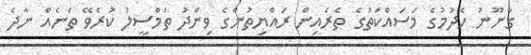
ގާނޫނު ހެދުމުގެ މަސައްކަތުގެ ތެރެއިން ރައްޔިތުންގެ ވިންދު ތަމްސީލު ކުރެވޭ ތަނެއް ނާދެ